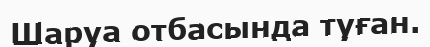
Шаруа отбасында туған.